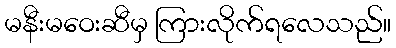
မနီးမဝေးဆီမှ ကြားလိုက်ရလေသည်။